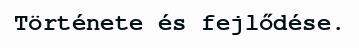
Története és fejlődése.